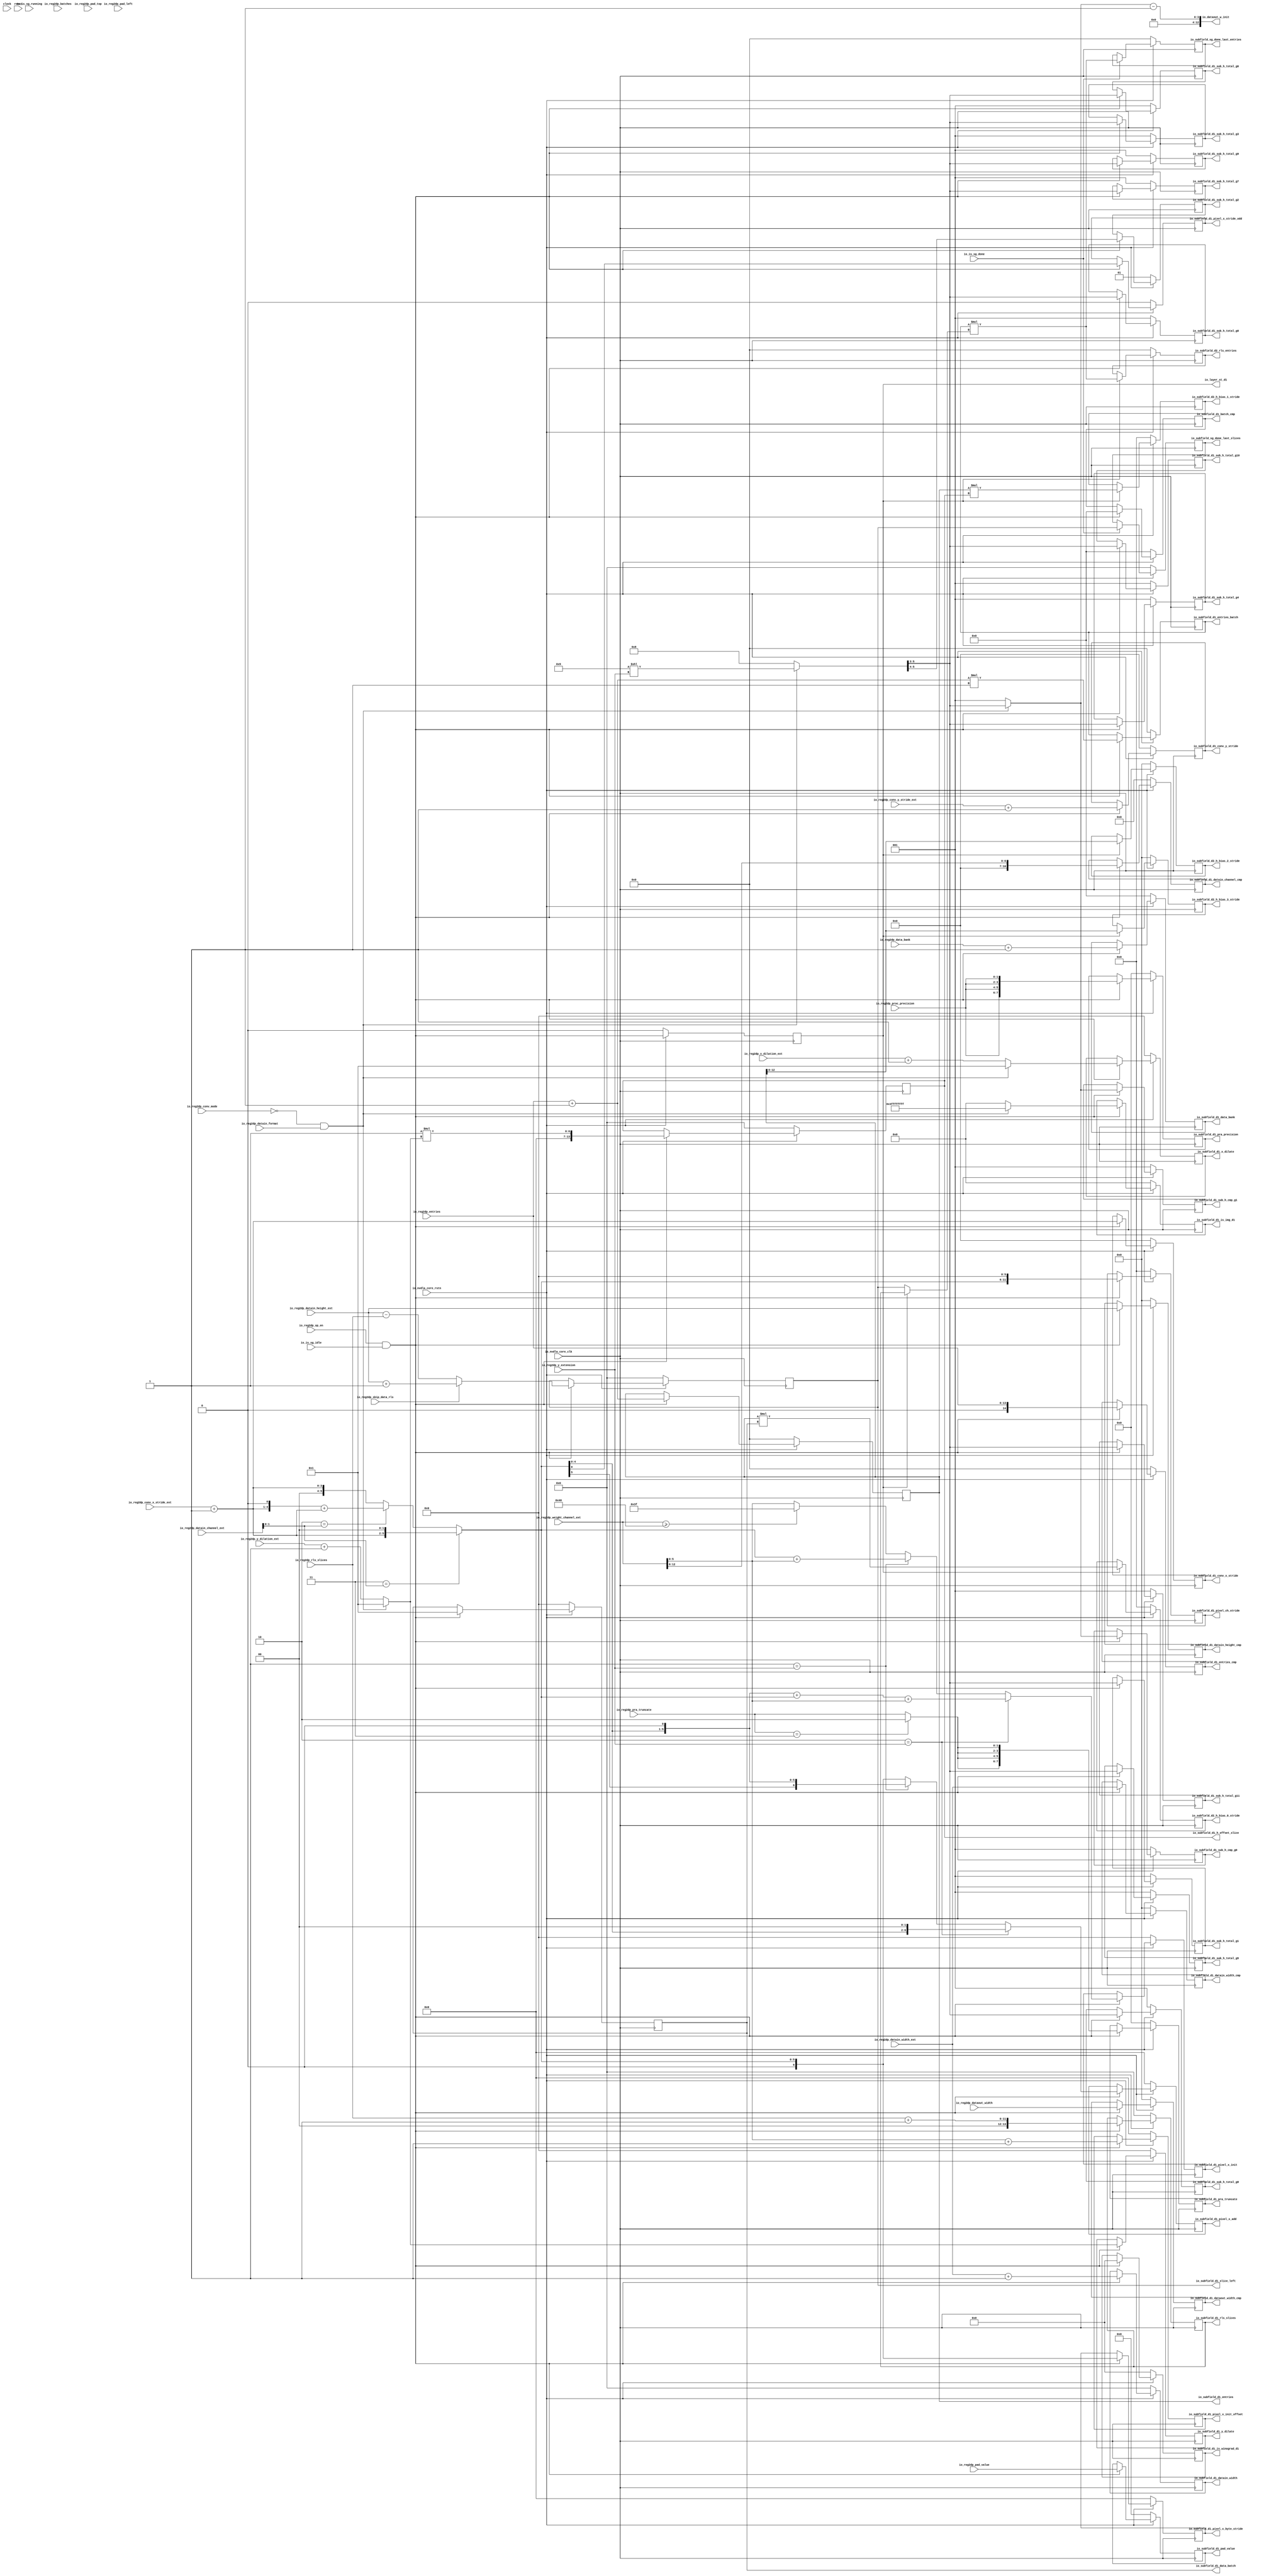
module NV_soDLA_CSC_DL_IP_cfg_gate( // @[:@3.2]
  input         clock, // @[:@4.4]
  input         reset, // @[:@5.4]
  input         io_nvdla_core_clk, // @[:@6.4]
  input         io_nvdla_core_rstn, // @[:@6.4]
  input         io_is_sg_idle, // @[:@6.4]
  input         io_is_sg_running, // @[:@6.4]
  input         io_is_sg_done, // @[:@6.4]
  input         io_reg2dp_op_en, // @[:@6.4]
  input         io_reg2dp_conv_mode, // @[:@6.4]
  input  [4:0]  io_reg2dp_batches, // @[:@6.4]
  input  [1:0]  io_reg2dp_proc_precision, // @[:@6.4]
  input         io_reg2dp_datain_format, // @[:@6.4]
  input         io_reg2dp_skip_data_rls, // @[:@6.4]
  input  [12:0] io_reg2dp_datain_channel_ext, // @[:@6.4]
  input  [12:0] io_reg2dp_datain_height_ext, // @[:@6.4]
  input  [12:0] io_reg2dp_datain_width_ext, // @[:@6.4]
  input  [1:0]  io_reg2dp_y_extension, // @[:@6.4]
  input  [12:0] io_reg2dp_weight_channel_ext, // @[:@6.4]
  input  [13:0] io_reg2dp_entries, // @[:@6.4]
  input  [12:0] io_reg2dp_dataout_width, // @[:@6.4]
  input  [11:0] io_reg2dp_rls_slices, // @[:@6.4]
  input  [2:0]  io_reg2dp_conv_x_stride_ext, // @[:@6.4]
  input  [2:0]  io_reg2dp_conv_y_stride_ext, // @[:@6.4]
  input  [4:0]  io_reg2dp_x_dilation_ext, // @[:@6.4]
  input  [4:0]  io_reg2dp_y_dilation_ext, // @[:@6.4]
  input  [4:0]  io_reg2dp_pad_left, // @[:@6.4]
  input  [4:0]  io_reg2dp_pad_top, // @[:@6.4]
  input  [15:0] io_reg2dp_pad_value, // @[:@6.4]
  input  [4:0]  io_reg2dp_data_bank, // @[:@6.4]
  input  [1:0]  io_reg2dp_pra_truncate, // @[:@6.4]
  output        io_layer_st_d1, // @[:@6.4]
  output [12:0] io_dataout_w_init, // @[:@6.4]
  output [21:0] io_subfield_d1_is_winograd_d1, // @[:@6.4]
  output [33:0] io_subfield_d1_is_img_d1, // @[:@6.4]
  output [4:0]  io_subfield_d1_data_bank, // @[:@6.4]
  output [13:0] io_subfield_d1_datain_width, // @[:@6.4]
  output [12:0] io_subfield_d1_datain_width_cmp, // @[:@6.4]
  output [12:0] io_subfield_d1_datain_height_cmp, // @[:@6.4]
  output [10:0] io_subfield_d1_datain_channel_cmp, // @[:@6.4]
  output [2:0]  io_subfield_d1_sub_h_total_g0, // @[:@6.4]
  output [2:0]  io_subfield_d1_sub_h_total_g1, // @[:@6.4]
  output [1:0]  io_subfield_d1_sub_h_total_g2, // @[:@6.4]
  output [2:0]  io_subfield_d1_sub_h_total_g3, // @[:@6.4]
  output [2:0]  io_subfield_d1_sub_h_total_g4, // @[:@6.4]
  output [2:0]  io_subfield_d1_sub_h_total_g5, // @[:@6.4]
  output [2:0]  io_subfield_d1_sub_h_total_g6, // @[:@6.4]
  output [2:0]  io_subfield_d1_sub_h_total_g7, // @[:@6.4]
  output [2:0]  io_subfield_d1_sub_h_total_g8, // @[:@6.4]
  output [2:0]  io_subfield_d1_sub_h_total_g9, // @[:@6.4]
  output [2:0]  io_subfield_d1_sub_h_total_g10, // @[:@6.4]
  output [2:0]  io_subfield_d1_sub_h_total_g11, // @[:@6.4]
  output [2:0]  io_subfield_d1_sub_h_cmp_g0, // @[:@6.4]
  output [2:0]  io_subfield_d1_sub_h_cmp_g1, // @[:@6.4]
  output [3:0]  io_subfield_d1_conv_x_stride, // @[:@6.4]
  output [3:0]  io_subfield_d1_conv_y_stride, // @[:@6.4]
  output        io_subfield_d1_pixel_x_stride_odd, // @[:@6.4]
  output [5:0]  io_subfield_d1_data_batch, // @[:@6.4]
  output [4:0]  io_subfield_d1_batch_cmp, // @[:@6.4]
  output [5:0]  io_subfield_d1_pixel_x_init, // @[:@6.4]
  output [6:0]  io_subfield_d1_pixel_x_init_offset, // @[:@6.4]
  output [6:0]  io_subfield_d1_pixel_x_add, // @[:@6.4]
  output [6:0]  io_subfield_d1_pixel_x_byte_stride, // @[:@6.4]
  output [11:0] io_subfield_d1_pixel_ch_stride, // @[:@6.4]
  output [5:0]  io_subfield_d1_x_dilate, // @[:@6.4]
  output [5:0]  io_subfield_d1_y_dilate, // @[:@6.4]
  output [15:0] io_subfield_d1_pad_value, // @[:@6.4]
  output [14:0] io_subfield_d1_entries, // @[:@6.4]
  output [14:0] io_subfield_d1_entries_batch, // @[:@6.4]
  output [14:0] io_subfield_d1_entries_cmp, // @[:@6.4]
  output [13:0] io_subfield_d1_h_offset_slice, // @[:@6.4]
  output [13:0] io_subfield_d1_rls_slices, // @[:@6.4]
  output [13:0] io_subfield_d1_slice_left, // @[:@6.4]
  output [12:0] io_subfield_d1_dataout_width_cmp, // @[:@6.4]
  output [7:0]  io_subfield_d1_pra_truncate, // @[:@6.4]
  output [7:0]  io_subfield_d1_pra_precision, // @[:@6.4]
  output [11:0] io_subfield_d2_h_bias_0_stride, // @[:@6.4]
  output [11:0] io_subfield_d2_h_bias_1_stride, // @[:@6.4]
  output [12:0] io_subfield_d2_h_bias_2_stride, // @[:@6.4]
  output [12:0] io_subfield_d2_h_bias_3_stride, // @[:@6.4]
  output [14:0] io_subfield_d2_rls_entries, // @[:@6.4]
  output [13:0] io_subfield_sg_done_last_slices, // @[:@6.4]
  output [14:0] io_subfield_sg_done_last_entries // @[:@6.4]
);
  wire  _T_214; // @[NV_soDLA_CSC_DL_IP_cfg gate.scala 53:38:@8.4]
  wire  layer_st; // @[NV_soDLA_CSC_DL_IP_cfg gate.scala 58:32:@9.4]
  wire  is_conv; // @[NV_soDLA_CSC_DL_IP_cfg gate.scala 60:35:@11.4]
  wire  is_img; // @[NV_soDLA_CSC_DL_IP_cfg gate.scala 61:22:@12.4]
  wire [5:0] data_bank_w; // @[NV_soDLA_CSC_DL_IP_cfg gate.scala 63:39:@13.4]
  wire [13:0] datain_width_w; // @[NV_soDLA_CSC_DL_IP_cfg gate.scala 71:108:@16.4]
  wire [6:0] _T_224; // @[NV_soDLA_CSC_DL_IP_cfg gate.scala 74:110:@19.4]
  wire [10:0] datain_channel_cmp_w; // @[NV_soDLA_CSC_DL_IP_cfg gate.scala 74:31:@20.4]
  wire [8:0] _T_226; // @[NV_soDLA_CSC_DL_IP_cfg gate.scala 78:53:@21.4]
  wire [8:0] _T_228; // @[NV_soDLA_CSC_DL_IP_cfg gate.scala 78:24:@22.4]
  wire [2:0] sub_h_total_w; // @[NV_soDLA_CSC_DL_IP_cfg gate.scala 78:100:@23.4]
  wire [2:0] sub_h_cmp_w; // @[NV_soDLA_CSC_DL_IP_cfg gate.scala 79:22:@25.4]
  wire [3:0] _T_233; // @[NV_soDLA_CSC_DL_IP_cfg gate.scala 80:34:@26.4]
  wire [3:0] _T_234; // @[NV_soDLA_CSC_DL_IP_cfg gate.scala 80:34:@27.4]
  wire [3:0] conv_x_stride_w; // @[NV_soDLA_CSC_DL_IP_cfg gate.scala 82:78:@29.4]
  wire [1:0] _T_238; // @[NV_soDLA_CSC_DL_IP_cfg gate.scala 83:62:@31.4]
  wire [5:0] _T_241; // @[Cat.scala 30:58:@32.4]
  wire [4:0] _T_244; // @[Cat.scala 30:58:@33.4]
  wire [4:0] _GEN_50; // @[NV_soDLA_CSC_DL_IP_cfg gate.scala 85:77:@34.4]
  wire [5:0] _T_245; // @[NV_soDLA_CSC_DL_IP_cfg gate.scala 85:77:@34.4]
  wire  _T_246; // @[Mux.scala 46:19:@35.4]
  wire [5:0] _T_247; // @[Mux.scala 46:16:@36.4]
  wire  _T_248; // @[Mux.scala 46:19:@37.4]
  wire [5:0] pixel_x_stride_w; // @[Mux.scala 46:16:@38.4]
  wire  _T_250; // @[NV_soDLA_CSC_DL_IP_cfg gate.scala 87:88:@39.4]
  wire [5:0] _T_256; // @[NV_soDLA_CSC_DL_IP_cfg gate.scala 87:172:@41.4]
  wire [5:0] _T_257; // @[NV_soDLA_CSC_DL_IP_cfg gate.scala 87:58:@42.4]
  wire [6:0] _T_260; // @[Cat.scala 30:58:@43.4]
  wire [6:0] _GEN_51; // @[NV_soDLA_CSC_DL_IP_cfg gate.scala 88:80:@44.4]
  wire [7:0] _T_261; // @[NV_soDLA_CSC_DL_IP_cfg gate.scala 88:80:@44.4]
  wire [7:0] _GEN_52; // @[NV_soDLA_CSC_DL_IP_cfg gate.scala 88:100:@46.4]
  wire [8:0] _T_263; // @[NV_soDLA_CSC_DL_IP_cfg gate.scala 88:100:@46.4]
  wire [6:0] _T_266; // @[NV_soDLA_CSC_DL_IP_cfg gate.scala 89:57:@48.4]
  wire  _T_267; // @[Mux.scala 46:19:@49.4]
  wire [6:0] _T_268; // @[Mux.scala 46:16:@50.4]
  wire  _T_269; // @[Mux.scala 46:19:@51.4]
  wire [8:0] pixel_x_init_w; // @[Mux.scala 46:16:@52.4]
  wire [6:0] pixel_x_init_offset_w; // @[NV_soDLA_CSC_DL_IP_cfg gate.scala 91:80:@54.4]
  wire [7:0] _T_274; // @[Cat.scala 30:58:@55.4]
  wire [6:0] _T_279; // @[Mux.scala 46:16:@58.4]
  wire [7:0] pixel_x_add_w; // @[Mux.scala 46:16:@60.4]
  wire [11:0] pixel_ch_stride_w; // @[Cat.scala 30:58:@61.4]
  wire [3:0] conv_y_stride_w; // @[NV_soDLA_CSC_DL_IP_cfg gate.scala 102:74:@62.4]
  wire [5:0] _T_288; // @[NV_soDLA_CSC_DL_IP_cfg gate.scala 103:74:@65.4]
  wire [5:0] x_dilate_w; // @[NV_soDLA_CSC_DL_IP_cfg gate.scala 103:21:@66.4]
  wire [5:0] _T_292; // @[NV_soDLA_CSC_DL_IP_cfg gate.scala 104:74:@68.4]
  wire [5:0] y_dilate_w; // @[NV_soDLA_CSC_DL_IP_cfg gate.scala 104:21:@69.4]
  wire [14:0] entries_single_w; // @[NV_soDLA_CSC_DL_IP_cfg gate.scala 107:43:@70.4]
  wire [20:0] _T_295; // @[NV_soDLA_CSC_DL_IP_cfg gate.scala 108:41:@72.4]
  wire [14:0] entries_batch_w; // @[NV_soDLA_CSC_DL_IP_cfg gate.scala 108:56:@73.4]
  wire [15:0] entries_w; // @[NV_soDLA_CSC_DL_IP_cfg gate.scala 109:20:@77.4]
  wire [11:0] h_offset_slice_w; // @[NV_soDLA_CSC_DL_IP_cfg gate.scala 110:37:@78.4]
  wire [12:0] _T_302; // @[NV_soDLA_CSC_DL_IP_cfg gate.scala 111:41:@79.4]
  wire [11:0] rls_slices_w; // @[NV_soDLA_CSC_DL_IP_cfg gate.scala 111:41:@80.4]
  wire [13:0] _T_304; // @[NV_soDLA_CSC_DL_IP_cfg gate.scala 112:77:@81.4]
  wire [12:0] _GEN_53; // @[NV_soDLA_CSC_DL_IP_cfg gate.scala 112:113:@82.4]
  wire [13:0] _T_305; // @[NV_soDLA_CSC_DL_IP_cfg gate.scala 112:113:@82.4]
  wire [13:0] _T_306; // @[NV_soDLA_CSC_DL_IP_cfg gate.scala 112:113:@83.4]
  wire [13:0] slice_left_w; // @[NV_soDLA_CSC_DL_IP_cfg gate.scala 112:23:@84.4]
  wire  _T_308; // @[NV_soDLA_CSC_DL_IP_cfg gate.scala 114:49:@85.4]
  wire [1:0] pra_truncate_w; // @[NV_soDLA_CSC_DL_IP_cfg gate.scala 114:25:@86.4]
  reg  _T_312; // @[NV_soDLA_CSC_DL_IP_cfg gate.scala 117:26:@87.4]
  reg [31:0] _RAND_0;
  reg [21:0] _T_319; // @[Reg.scala 19:20:@91.4]
  reg [31:0] _RAND_1;
  wire [21:0] _GEN_0; // @[Reg.scala 20:19:@92.4]
  wire [33:0] _T_323; // @[Bitwise.scala 72:12:@97.4]
  reg [33:0] _T_326; // @[Reg.scala 19:20:@98.4]
  reg [63:0] _RAND_2;
  wire [33:0] _GEN_1; // @[Reg.scala 20:19:@99.4]
  reg [4:0] _T_329; // @[Reg.scala 19:20:@103.4]
  reg [31:0] _RAND_3;
  wire [5:0] _GEN_2; // @[Reg.scala 20:19:@104.4]
  reg [13:0] _T_332; // @[Reg.scala 19:20:@108.4]
  reg [31:0] _RAND_4;
  wire [13:0] _GEN_3; // @[Reg.scala 20:19:@109.4]
  reg [12:0] _T_335; // @[Reg.scala 19:20:@113.4]
  reg [31:0] _RAND_5;
  wire [12:0] _GEN_4; // @[Reg.scala 20:19:@114.4]
  reg [12:0] _T_338; // @[Reg.scala 19:20:@118.4]
  reg [31:0] _RAND_6;
  wire [12:0] _GEN_5; // @[Reg.scala 20:19:@119.4]
  reg [10:0] _T_341; // @[Reg.scala 19:20:@123.4]
  reg [31:0] _RAND_7;
  wire [10:0] _GEN_6; // @[Reg.scala 20:19:@124.4]
  reg [2:0] _T_344; // @[Reg.scala 19:20:@128.4]
  reg [31:0] _RAND_8;
  wire [2:0] _GEN_7; // @[Reg.scala 20:19:@129.4]
  reg [2:0] _T_347; // @[Reg.scala 19:20:@133.4]
  reg [31:0] _RAND_9;
  wire [2:0] _GEN_8; // @[Reg.scala 20:19:@134.4]
  wire [1:0] _T_348; // @[NV_soDLA_CSC_DL_IP_cfg gate.scala 127:57:@138.4]
  reg [1:0] _T_351; // @[Reg.scala 19:20:@139.4]
  reg [31:0] _RAND_10;
  wire [1:0] _GEN_9; // @[Reg.scala 20:19:@140.4]
  reg [2:0] _T_354; // @[Reg.scala 19:20:@144.4]
  reg [31:0] _RAND_11;
  wire [2:0] _GEN_10; // @[Reg.scala 20:19:@145.4]
  reg [2:0] _T_357; // @[Reg.scala 19:20:@149.4]
  reg [31:0] _RAND_12;
  wire [2:0] _GEN_11; // @[Reg.scala 20:19:@150.4]
  reg [2:0] _T_360; // @[Reg.scala 19:20:@154.4]
  reg [31:0] _RAND_13;
  wire [2:0] _GEN_12; // @[Reg.scala 20:19:@155.4]
  reg [2:0] _T_363; // @[Reg.scala 19:20:@159.4]
  reg [31:0] _RAND_14;
  wire [2:0] _GEN_13; // @[Reg.scala 20:19:@160.4]
  reg [2:0] _T_366; // @[Reg.scala 19:20:@164.4]
  reg [31:0] _RAND_15;
  wire [2:0] _GEN_14; // @[Reg.scala 20:19:@165.4]
  reg [2:0] _T_369; // @[Reg.scala 19:20:@169.4]
  reg [31:0] _RAND_16;
  wire [2:0] _GEN_15; // @[Reg.scala 20:19:@170.4]
  reg [2:0] _T_372; // @[Reg.scala 19:20:@174.4]
  reg [31:0] _RAND_17;
  wire [2:0] _GEN_16; // @[Reg.scala 20:19:@175.4]
  reg [2:0] _T_375; // @[Reg.scala 19:20:@179.4]
  reg [31:0] _RAND_18;
  wire [2:0] _GEN_17; // @[Reg.scala 20:19:@180.4]
  reg [2:0] _T_378; // @[Reg.scala 19:20:@184.4]
  reg [31:0] _RAND_19;
  wire [2:0] _GEN_18; // @[Reg.scala 20:19:@185.4]
  reg [2:0] _T_381; // @[Reg.scala 19:20:@189.4]
  reg [31:0] _RAND_20;
  wire [2:0] _GEN_19; // @[Reg.scala 20:19:@190.4]
  reg [2:0] _T_384; // @[Reg.scala 19:20:@194.4]
  reg [31:0] _RAND_21;
  wire [2:0] _GEN_20; // @[Reg.scala 20:19:@195.4]
  reg [3:0] _T_387; // @[Reg.scala 19:20:@199.4]
  reg [31:0] _RAND_22;
  wire [3:0] _GEN_21; // @[Reg.scala 20:19:@200.4]
  reg [3:0] _T_390; // @[Reg.scala 19:20:@204.4]
  reg [31:0] _RAND_23;
  wire [3:0] _GEN_22; // @[Reg.scala 20:19:@205.4]
  wire  _T_391; // @[NV_soDLA_CSC_DL_IP_cfg gate.scala 141:64:@209.4]
  reg  _T_394; // @[Reg.scala 19:20:@210.4]
  reg [31:0] _RAND_24;
  wire  _GEN_23; // @[Reg.scala 20:19:@211.4]
  reg [5:0] _T_397; // @[Reg.scala 19:20:@215.4]
  reg [31:0] _RAND_25;
  wire [5:0] _GEN_24; // @[Reg.scala 20:19:@216.4]
  reg [4:0] _T_400; // @[Reg.scala 19:20:@220.4]
  reg [31:0] _RAND_26;
  wire [4:0] _GEN_25; // @[Reg.scala 20:19:@221.4]
  reg [5:0] _T_403; // @[Reg.scala 19:20:@225.4]
  reg [31:0] _RAND_27;
  wire [8:0] _GEN_26; // @[Reg.scala 20:19:@226.4]
  reg [6:0] _T_406; // @[Reg.scala 19:20:@230.4]
  reg [31:0] _RAND_28;
  wire [6:0] _GEN_27; // @[Reg.scala 20:19:@231.4]
  wire [6:0] _T_407; // @[NV_soDLA_CSC_DL_IP_cfg gate.scala 146:54:@235.4]
  reg [6:0] _T_410; // @[Reg.scala 19:20:@236.4]
  reg [31:0] _RAND_29;
  wire [6:0] _GEN_28; // @[Reg.scala 20:19:@237.4]
  reg [6:0] _T_413; // @[Reg.scala 19:20:@241.4]
  reg [31:0] _RAND_30;
  wire [6:0] _GEN_29; // @[Reg.scala 20:19:@242.4]
  reg [11:0] _T_416; // @[Reg.scala 19:20:@246.4]
  reg [31:0] _RAND_31;
  wire [11:0] _GEN_30; // @[Reg.scala 20:19:@247.4]
  reg [5:0] _T_419; // @[Reg.scala 19:20:@251.4]
  reg [31:0] _RAND_32;
  wire [5:0] _GEN_31; // @[Reg.scala 20:19:@252.4]
  reg [5:0] _T_422; // @[Reg.scala 19:20:@256.4]
  reg [31:0] _RAND_33;
  wire [5:0] _GEN_32; // @[Reg.scala 20:19:@257.4]
  reg [15:0] _T_425; // @[Reg.scala 19:20:@261.4]
  reg [31:0] _RAND_34;
  wire [15:0] _GEN_33; // @[Reg.scala 20:19:@262.4]
  reg [14:0] _T_428; // @[Reg.scala 19:20:@266.4]
  reg [31:0] _RAND_35;
  wire [15:0] _GEN_34; // @[Reg.scala 20:19:@267.4]
  reg [14:0] _T_431; // @[Reg.scala 19:20:@271.4]
  reg [31:0] _RAND_36;
  wire [14:0] _GEN_35; // @[Reg.scala 20:19:@272.4]
  reg [14:0] _T_434; // @[Reg.scala 19:20:@276.4]
  reg [31:0] _RAND_37;
  wire [14:0] _GEN_36; // @[Reg.scala 20:19:@277.4]
  reg [13:0] _T_437; // @[Reg.scala 19:20:@281.4]
  reg [31:0] _RAND_38;
  wire [13:0] _GEN_37; // @[Reg.scala 20:19:@282.4]
  reg [13:0] _T_440; // @[Reg.scala 19:20:@286.4]
  reg [31:0] _RAND_39;
  wire [13:0] _GEN_38; // @[Reg.scala 20:19:@287.4]
  reg [13:0] _T_444; // @[Reg.scala 19:20:@292.4]
  reg [31:0] _RAND_40;
  wire [13:0] _GEN_39; // @[Reg.scala 20:19:@293.4]
  reg [12:0] _T_447; // @[Reg.scala 19:20:@297.4]
  reg [31:0] _RAND_41;
  wire [12:0] _GEN_40; // @[Reg.scala 20:19:@298.4]
  wire [7:0] _T_449; // @[Cat.scala 30:58:@303.4]
  reg [7:0] _T_452; // @[Reg.scala 19:20:@304.4]
  reg [31:0] _RAND_42;
  wire [7:0] _GEN_41; // @[Reg.scala 20:19:@305.4]
  wire [7:0] _T_454; // @[Cat.scala 30:58:@310.4]
  reg [7:0] _T_457; // @[Reg.scala 19:20:@311.4]
  reg [31:0] _RAND_43;
  wire [7:0] _GEN_42; // @[Reg.scala 20:19:@312.4]
  wire [14:0] _GEN_54; // @[NV_soDLA_CSC_DL_IP_cfg gate.scala 163:49:@316.4]
  wire [20:0] _T_458; // @[NV_soDLA_CSC_DL_IP_cfg gate.scala 163:49:@316.4]
  wire [12:0] h_bias_0_stride_w; // @[NV_soDLA_CSC_DL_IP_cfg gate.scala 163:77:@317.4]
  wire [14:0] _GEN_55; // @[NV_soDLA_CSC_DL_IP_cfg gate.scala 164:49:@318.4]
  wire [28:0] _T_459; // @[NV_soDLA_CSC_DL_IP_cfg gate.scala 164:49:@318.4]
  wire [12:0] h_bias_1_stride_w; // @[NV_soDLA_CSC_DL_IP_cfg gate.scala 164:81:@319.4]
  wire [13:0] slices_oprand; // @[NV_soDLA_CSC_DL_IP_cfg gate.scala 165:24:@320.4]
  wire [14:0] _GEN_56; // @[NV_soDLA_CSC_DL_IP_cfg gate.scala 166:53:@321.4]
  wire [28:0] _T_460; // @[NV_soDLA_CSC_DL_IP_cfg gate.scala 166:53:@321.4]
  wire [14:0] slice_entries_w; // @[NV_soDLA_CSC_DL_IP_cfg gate.scala 166:69:@322.4]
  reg [11:0] _T_463; // @[Reg.scala 19:20:@323.4]
  reg [31:0] _RAND_44;
  wire [12:0] _GEN_43; // @[Reg.scala 20:19:@324.4]
  reg [11:0] _T_466; // @[Reg.scala 19:20:@328.4]
  reg [31:0] _RAND_45;
  wire [12:0] _GEN_44; // @[Reg.scala 20:19:@329.4]
  wire [12:0] _T_467; // @[NV_soDLA_CSC_DL_IP_cfg gate.scala 170:66:@333.4]
  reg [12:0] _T_470; // @[Reg.scala 19:20:@334.4]
  reg [31:0] _RAND_46;
  wire [12:0] _GEN_45; // @[Reg.scala 20:19:@335.4]
  reg [12:0] _T_474; // @[Reg.scala 19:20:@340.4]
  reg [31:0] _RAND_47;
  wire [12:0] _GEN_46; // @[Reg.scala 20:19:@341.4]
  reg [14:0] _T_477; // @[Reg.scala 19:20:@345.4]
  reg [31:0] _RAND_48;
  wire [14:0] _GEN_47; // @[Reg.scala 20:19:@346.4]
  reg [13:0] _T_480; // @[Reg.scala 19:20:@350.4]
  reg [31:0] _RAND_49;
  wire [13:0] _GEN_48; // @[Reg.scala 20:19:@351.4]
  reg [14:0] _T_483; // @[Reg.scala 19:20:@355.4]
  reg [31:0] _RAND_50;
  wire [14:0] _GEN_49; // @[Reg.scala 20:19:@356.4]
  assign _T_214 = io_nvdla_core_rstn == 1'h0; // @[NV_soDLA_CSC_DL_IP_cfg gate.scala 53:38:@8.4]
  assign layer_st = io_reg2dp_op_en & io_is_sg_idle; // @[NV_soDLA_CSC_DL_IP_cfg gate.scala 58:32:@9.4]
  assign is_conv = io_reg2dp_conv_mode == 1'h0; // @[NV_soDLA_CSC_DL_IP_cfg gate.scala 60:35:@11.4]
  assign is_img = is_conv & io_reg2dp_datain_format; // @[NV_soDLA_CSC_DL_IP_cfg gate.scala 61:22:@12.4]
  assign data_bank_w = io_reg2dp_data_bank + 5'h1; // @[NV_soDLA_CSC_DL_IP_cfg gate.scala 63:39:@13.4]
  assign datain_width_w = io_reg2dp_datain_width_ext + 13'h1; // @[NV_soDLA_CSC_DL_IP_cfg gate.scala 71:108:@16.4]
  assign _T_224 = io_reg2dp_weight_channel_ext[12:6]; // @[NV_soDLA_CSC_DL_IP_cfg gate.scala 74:110:@19.4]
  assign datain_channel_cmp_w = {{4'd0}, _T_224}; // @[NV_soDLA_CSC_DL_IP_cfg gate.scala 74:31:@20.4]
  assign _T_226 = 9'h9 << io_reg2dp_y_extension; // @[NV_soDLA_CSC_DL_IP_cfg gate.scala 78:53:@21.4]
  assign _T_228 = is_img ? _T_226 : 9'h8; // @[NV_soDLA_CSC_DL_IP_cfg gate.scala 78:24:@22.4]
  assign sub_h_total_w = _T_228[5:3]; // @[NV_soDLA_CSC_DL_IP_cfg gate.scala 78:100:@23.4]
  assign sub_h_cmp_w = is_img ? sub_h_total_w : 3'h1; // @[NV_soDLA_CSC_DL_IP_cfg gate.scala 79:22:@25.4]
  assign _T_233 = sub_h_cmp_w - 3'h1; // @[NV_soDLA_CSC_DL_IP_cfg gate.scala 80:34:@26.4]
  assign _T_234 = $unsigned(_T_233); // @[NV_soDLA_CSC_DL_IP_cfg gate.scala 80:34:@27.4]
  assign conv_x_stride_w = io_reg2dp_conv_x_stride_ext + 3'h1; // @[NV_soDLA_CSC_DL_IP_cfg gate.scala 82:78:@29.4]
  assign _T_238 = io_reg2dp_datain_channel_ext[1:0]; // @[NV_soDLA_CSC_DL_IP_cfg gate.scala 83:62:@31.4]
  assign _T_241 = {conv_x_stride_w,2'h0}; // @[Cat.scala 30:58:@32.4]
  assign _T_244 = {conv_x_stride_w,1'h0}; // @[Cat.scala 30:58:@33.4]
  assign _GEN_50 = {{1'd0}, conv_x_stride_w}; // @[NV_soDLA_CSC_DL_IP_cfg gate.scala 85:77:@34.4]
  assign _T_245 = _T_244 + _GEN_50; // @[NV_soDLA_CSC_DL_IP_cfg gate.scala 85:77:@34.4]
  assign _T_246 = 2'h2 == _T_238; // @[Mux.scala 46:19:@35.4]
  assign _T_247 = _T_246 ? _T_245 : {{2'd0}, conv_x_stride_w}; // @[Mux.scala 46:16:@36.4]
  assign _T_248 = 2'h3 == _T_238; // @[Mux.scala 46:19:@37.4]
  assign pixel_x_stride_w = _T_248 ? _T_241 : _T_247; // @[Mux.scala 46:16:@38.4]
  assign _T_250 = io_reg2dp_weight_channel_ext >= 13'h40; // @[NV_soDLA_CSC_DL_IP_cfg gate.scala 87:88:@39.4]
  assign _T_256 = io_reg2dp_weight_channel_ext[5:0]; // @[NV_soDLA_CSC_DL_IP_cfg gate.scala 87:172:@41.4]
  assign _T_257 = _T_250 ? 6'h3f : _T_256; // @[NV_soDLA_CSC_DL_IP_cfg gate.scala 87:58:@42.4]
  assign _T_260 = {pixel_x_stride_w,1'h0}; // @[Cat.scala 30:58:@43.4]
  assign _GEN_51 = {{1'd0}, pixel_x_stride_w}; // @[NV_soDLA_CSC_DL_IP_cfg gate.scala 88:80:@44.4]
  assign _T_261 = _T_260 + _GEN_51; // @[NV_soDLA_CSC_DL_IP_cfg gate.scala 88:80:@44.4]
  assign _GEN_52 = {{2'd0}, _T_256}; // @[NV_soDLA_CSC_DL_IP_cfg gate.scala 88:100:@46.4]
  assign _T_263 = _T_261 + _GEN_52; // @[NV_soDLA_CSC_DL_IP_cfg gate.scala 88:100:@46.4]
  assign _T_266 = pixel_x_stride_w + _T_256; // @[NV_soDLA_CSC_DL_IP_cfg gate.scala 89:57:@48.4]
  assign _T_267 = 2'h1 == io_reg2dp_y_extension; // @[Mux.scala 46:19:@49.4]
  assign _T_268 = _T_267 ? _T_266 : {{1'd0}, _T_257}; // @[Mux.scala 46:16:@50.4]
  assign _T_269 = 2'h2 == io_reg2dp_y_extension; // @[Mux.scala 46:19:@51.4]
  assign pixel_x_init_w = _T_269 ? _T_263 : {{2'd0}, _T_268}; // @[Mux.scala 46:16:@52.4]
  assign pixel_x_init_offset_w = _T_256 + 6'h1; // @[NV_soDLA_CSC_DL_IP_cfg gate.scala 91:80:@54.4]
  assign _T_274 = {pixel_x_stride_w,2'h0}; // @[Cat.scala 30:58:@55.4]
  assign _T_279 = _T_267 ? _T_260 : {{1'd0}, pixel_x_stride_w}; // @[Mux.scala 46:16:@58.4]
  assign pixel_x_add_w = _T_269 ? _T_274 : {{1'd0}, _T_279}; // @[Mux.scala 46:16:@60.4]
  assign pixel_ch_stride_w = {pixel_x_stride_w,6'h0}; // @[Cat.scala 30:58:@61.4]
  assign conv_y_stride_w = io_reg2dp_conv_y_stride_ext + 3'h1; // @[NV_soDLA_CSC_DL_IP_cfg gate.scala 102:74:@62.4]
  assign _T_288 = io_reg2dp_x_dilation_ext + 5'h1; // @[NV_soDLA_CSC_DL_IP_cfg gate.scala 103:74:@65.4]
  assign x_dilate_w = is_img ? 6'h1 : _T_288; // @[NV_soDLA_CSC_DL_IP_cfg gate.scala 103:21:@66.4]
  assign _T_292 = io_reg2dp_y_dilation_ext + 5'h1; // @[NV_soDLA_CSC_DL_IP_cfg gate.scala 104:74:@68.4]
  assign y_dilate_w = is_img ? 6'h1 : _T_292; // @[NV_soDLA_CSC_DL_IP_cfg gate.scala 104:21:@69.4]
  assign entries_single_w = io_reg2dp_entries + 14'h1; // @[NV_soDLA_CSC_DL_IP_cfg gate.scala 107:43:@70.4]
  assign _T_295 = entries_single_w * 15'h1; // @[NV_soDLA_CSC_DL_IP_cfg gate.scala 108:41:@72.4]
  assign entries_batch_w = _T_295[14:0]; // @[NV_soDLA_CSC_DL_IP_cfg gate.scala 108:56:@73.4]
  assign entries_w = {{1'd0}, entries_single_w}; // @[NV_soDLA_CSC_DL_IP_cfg gate.scala 109:20:@77.4]
  assign h_offset_slice_w = 6'h1 * y_dilate_w; // @[NV_soDLA_CSC_DL_IP_cfg gate.scala 110:37:@78.4]
  assign _T_302 = io_reg2dp_rls_slices + 12'h1; // @[NV_soDLA_CSC_DL_IP_cfg gate.scala 111:41:@79.4]
  assign rls_slices_w = io_reg2dp_rls_slices + 12'h1; // @[NV_soDLA_CSC_DL_IP_cfg gate.scala 111:41:@80.4]
  assign _T_304 = io_reg2dp_datain_height_ext + 13'h1; // @[NV_soDLA_CSC_DL_IP_cfg gate.scala 112:77:@81.4]
  assign _GEN_53 = {{1'd0}, io_reg2dp_rls_slices}; // @[NV_soDLA_CSC_DL_IP_cfg gate.scala 112:113:@82.4]
  assign _T_305 = io_reg2dp_datain_height_ext - _GEN_53; // @[NV_soDLA_CSC_DL_IP_cfg gate.scala 112:113:@82.4]
  assign _T_306 = $unsigned(_T_305); // @[NV_soDLA_CSC_DL_IP_cfg gate.scala 112:113:@83.4]
  assign slice_left_w = io_reg2dp_skip_data_rls ? _T_304 : _T_306; // @[NV_soDLA_CSC_DL_IP_cfg gate.scala 112:23:@84.4]
  assign _T_308 = io_reg2dp_pra_truncate == 2'h3; // @[NV_soDLA_CSC_DL_IP_cfg gate.scala 114:49:@85.4]
  assign pra_truncate_w = _T_308 ? 2'h2 : io_reg2dp_pra_truncate; // @[NV_soDLA_CSC_DL_IP_cfg gate.scala 114:25:@86.4]
  assign _GEN_0 = layer_st ? 22'h0 : _T_319; // @[Reg.scala 20:19:@92.4]
  assign _T_323 = is_img ? 34'h3ffffffff : 34'h0; // @[Bitwise.scala 72:12:@97.4]
  assign _GEN_1 = layer_st ? _T_323 : _T_326; // @[Reg.scala 20:19:@99.4]
  assign _GEN_2 = layer_st ? data_bank_w : {{1'd0}, _T_329}; // @[Reg.scala 20:19:@104.4]
  assign _GEN_3 = layer_st ? datain_width_w : _T_332; // @[Reg.scala 20:19:@109.4]
  assign _GEN_4 = layer_st ? io_reg2dp_datain_width_ext : _T_335; // @[Reg.scala 20:19:@114.4]
  assign _GEN_5 = layer_st ? io_reg2dp_datain_height_ext : _T_338; // @[Reg.scala 20:19:@119.4]
  assign _GEN_6 = layer_st ? datain_channel_cmp_w : _T_341; // @[Reg.scala 20:19:@124.4]
  assign _GEN_7 = layer_st ? sub_h_total_w : _T_344; // @[Reg.scala 20:19:@129.4]
  assign _GEN_8 = layer_st ? sub_h_total_w : _T_347; // @[Reg.scala 20:19:@134.4]
  assign _T_348 = sub_h_total_w[2:1]; // @[NV_soDLA_CSC_DL_IP_cfg gate.scala 127:57:@138.4]
  assign _GEN_9 = layer_st ? _T_348 : _T_351; // @[Reg.scala 20:19:@140.4]
  assign _GEN_10 = layer_st ? sub_h_total_w : _T_354; // @[Reg.scala 20:19:@145.4]
  assign _GEN_11 = layer_st ? sub_h_total_w : _T_357; // @[Reg.scala 20:19:@150.4]
  assign _GEN_12 = layer_st ? sub_h_total_w : _T_360; // @[Reg.scala 20:19:@155.4]
  assign _GEN_13 = layer_st ? sub_h_total_w : _T_363; // @[Reg.scala 20:19:@160.4]
  assign _GEN_14 = layer_st ? sub_h_total_w : _T_366; // @[Reg.scala 20:19:@165.4]
  assign _GEN_15 = layer_st ? sub_h_total_w : _T_369; // @[Reg.scala 20:19:@170.4]
  assign _GEN_16 = layer_st ? sub_h_total_w : _T_372; // @[Reg.scala 20:19:@175.4]
  assign _GEN_17 = layer_st ? sub_h_total_w : _T_375; // @[Reg.scala 20:19:@180.4]
  assign _GEN_18 = layer_st ? sub_h_total_w : _T_378; // @[Reg.scala 20:19:@185.4]
  assign _GEN_19 = layer_st ? sub_h_cmp_w : _T_381; // @[Reg.scala 20:19:@190.4]
  assign _GEN_20 = layer_st ? sub_h_cmp_w : _T_384; // @[Reg.scala 20:19:@195.4]
  assign _GEN_21 = layer_st ? conv_x_stride_w : _T_387; // @[Reg.scala 20:19:@200.4]
  assign _GEN_22 = layer_st ? conv_y_stride_w : _T_390; // @[Reg.scala 20:19:@205.4]
  assign _T_391 = pixel_x_stride_w[0]; // @[NV_soDLA_CSC_DL_IP_cfg gate.scala 141:64:@209.4]
  assign _GEN_23 = layer_st ? _T_391 : _T_394; // @[Reg.scala 20:19:@211.4]
  assign _GEN_24 = layer_st ? 6'h1 : _T_397; // @[Reg.scala 20:19:@216.4]
  assign _GEN_25 = layer_st ? 5'h0 : _T_400; // @[Reg.scala 20:19:@221.4]
  assign _GEN_26 = layer_st ? pixel_x_init_w : {{3'd0}, _T_403}; // @[Reg.scala 20:19:@226.4]
  assign _GEN_27 = layer_st ? pixel_x_init_offset_w : _T_406; // @[Reg.scala 20:19:@231.4]
  assign _T_407 = pixel_x_add_w[6:0]; // @[NV_soDLA_CSC_DL_IP_cfg gate.scala 146:54:@235.4]
  assign _GEN_28 = layer_st ? _T_407 : _T_410; // @[Reg.scala 20:19:@237.4]
  assign _GEN_29 = layer_st ? {{1'd0}, pixel_x_stride_w} : _T_413; // @[Reg.scala 20:19:@242.4]
  assign _GEN_30 = layer_st ? pixel_ch_stride_w : _T_416; // @[Reg.scala 20:19:@247.4]
  assign _GEN_31 = layer_st ? x_dilate_w : _T_419; // @[Reg.scala 20:19:@252.4]
  assign _GEN_32 = layer_st ? y_dilate_w : _T_422; // @[Reg.scala 20:19:@257.4]
  assign _GEN_33 = layer_st ? io_reg2dp_pad_value : _T_425; // @[Reg.scala 20:19:@262.4]
  assign _GEN_34 = layer_st ? entries_w : {{1'd0}, _T_428}; // @[Reg.scala 20:19:@267.4]
  assign _GEN_35 = layer_st ? entries_batch_w : _T_431; // @[Reg.scala 20:19:@272.4]
  assign _GEN_36 = layer_st ? {{1'd0}, io_reg2dp_entries} : _T_434; // @[Reg.scala 20:19:@277.4]
  assign _GEN_37 = layer_st ? {{2'd0}, h_offset_slice_w} : _T_437; // @[Reg.scala 20:19:@282.4]
  assign _GEN_38 = layer_st ? {{2'd0}, rls_slices_w} : _T_440; // @[Reg.scala 20:19:@287.4]
  assign _GEN_39 = layer_st ? slice_left_w : _T_444; // @[Reg.scala 20:19:@293.4]
  assign _GEN_40 = layer_st ? io_reg2dp_dataout_width : _T_447; // @[Reg.scala 20:19:@298.4]
  assign _T_449 = {pra_truncate_w,pra_truncate_w,pra_truncate_w,pra_truncate_w}; // @[Cat.scala 30:58:@303.4]
  assign _GEN_41 = layer_st ? _T_449 : _T_452; // @[Reg.scala 20:19:@305.4]
  assign _T_454 = {io_reg2dp_proc_precision,io_reg2dp_proc_precision,io_reg2dp_proc_precision,io_reg2dp_proc_precision}; // @[Cat.scala 30:58:@310.4]
  assign _GEN_42 = layer_st ? _T_454 : _T_457; // @[Reg.scala 20:19:@312.4]
  assign _GEN_54 = {{9'd0}, io_subfield_d1_data_batch}; // @[NV_soDLA_CSC_DL_IP_cfg gate.scala 163:49:@316.4]
  assign _T_458 = io_subfield_d1_entries * _GEN_54; // @[NV_soDLA_CSC_DL_IP_cfg gate.scala 163:49:@316.4]
  assign h_bias_0_stride_w = _T_458[12:0]; // @[NV_soDLA_CSC_DL_IP_cfg gate.scala 163:77:@317.4]
  assign _GEN_55 = {{1'd0}, io_subfield_d1_h_offset_slice}; // @[NV_soDLA_CSC_DL_IP_cfg gate.scala 164:49:@318.4]
  assign _T_459 = io_subfield_d1_entries * _GEN_55; // @[NV_soDLA_CSC_DL_IP_cfg gate.scala 164:49:@318.4]
  assign h_bias_1_stride_w = _T_459[12:0]; // @[NV_soDLA_CSC_DL_IP_cfg gate.scala 164:81:@319.4]
  assign slices_oprand = io_layer_st_d1 ? io_subfield_d1_rls_slices : io_subfield_d1_slice_left; // @[NV_soDLA_CSC_DL_IP_cfg gate.scala 165:24:@320.4]
  assign _GEN_56 = {{1'd0}, slices_oprand}; // @[NV_soDLA_CSC_DL_IP_cfg gate.scala 166:53:@321.4]
  assign _T_460 = io_subfield_d1_entries_batch * _GEN_56; // @[NV_soDLA_CSC_DL_IP_cfg gate.scala 166:53:@321.4]
  assign slice_entries_w = _T_460[14:0]; // @[NV_soDLA_CSC_DL_IP_cfg gate.scala 166:69:@322.4]
  assign _GEN_43 = io_layer_st_d1 ? h_bias_0_stride_w : {{1'd0}, _T_463}; // @[Reg.scala 20:19:@324.4]
  assign _GEN_44 = io_layer_st_d1 ? h_bias_1_stride_w : {{1'd0}, _T_466}; // @[Reg.scala 20:19:@329.4]
  assign _T_467 = io_subfield_d1_entries[12:0]; // @[NV_soDLA_CSC_DL_IP_cfg gate.scala 170:66:@333.4]
  assign _GEN_45 = io_layer_st_d1 ? _T_467 : _T_470; // @[Reg.scala 20:19:@335.4]
  assign _GEN_46 = io_layer_st_d1 ? _T_467 : _T_474; // @[Reg.scala 20:19:@341.4]
  assign _GEN_47 = io_layer_st_d1 ? slice_entries_w : _T_477; // @[Reg.scala 20:19:@346.4]
  assign _GEN_48 = io_is_sg_done ? io_subfield_d1_slice_left : _T_480; // @[Reg.scala 20:19:@351.4]
  assign _GEN_49 = io_is_sg_done ? slice_entries_w : _T_483; // @[Reg.scala 20:19:@356.4]
  assign io_layer_st_d1 = _T_312; // @[NV_soDLA_CSC_DL_IP_cfg gate.scala 117:16:@89.4]
  assign io_dataout_w_init = {{9'd0}, _T_234}; // @[NV_soDLA_CSC_DL_IP_cfg gate.scala 80:19:@28.4]
  assign io_subfield_d1_is_winograd_d1 = _T_319; // @[NV_soDLA_CSC_DL_IP_cfg gate.scala 118:31:@95.4]
  assign io_subfield_d1_is_img_d1 = _T_326; // @[NV_soDLA_CSC_DL_IP_cfg gate.scala 119:26:@102.4]
  assign io_subfield_d1_data_bank = _T_329; // @[NV_soDLA_CSC_DL_IP_cfg gate.scala 120:26:@107.4]
  assign io_subfield_d1_datain_width = _T_332; // @[NV_soDLA_CSC_DL_IP_cfg gate.scala 121:29:@112.4]
  assign io_subfield_d1_datain_width_cmp = _T_335; // @[NV_soDLA_CSC_DL_IP_cfg gate.scala 122:33:@117.4]
  assign io_subfield_d1_datain_height_cmp = _T_338; // @[NV_soDLA_CSC_DL_IP_cfg gate.scala 123:34:@122.4]
  assign io_subfield_d1_datain_channel_cmp = _T_341; // @[NV_soDLA_CSC_DL_IP_cfg gate.scala 124:35:@127.4]
  assign io_subfield_d1_sub_h_total_g0 = _T_344; // @[NV_soDLA_CSC_DL_IP_cfg gate.scala 125:31:@132.4]
  assign io_subfield_d1_sub_h_total_g1 = _T_347; // @[NV_soDLA_CSC_DL_IP_cfg gate.scala 126:31:@137.4]
  assign io_subfield_d1_sub_h_total_g2 = _T_351; // @[NV_soDLA_CSC_DL_IP_cfg gate.scala 127:31:@143.4]
  assign io_subfield_d1_sub_h_total_g3 = _T_354; // @[NV_soDLA_CSC_DL_IP_cfg gate.scala 128:31:@148.4]
  assign io_subfield_d1_sub_h_total_g4 = _T_357; // @[NV_soDLA_CSC_DL_IP_cfg gate.scala 129:31:@153.4]
  assign io_subfield_d1_sub_h_total_g5 = _T_360; // @[NV_soDLA_CSC_DL_IP_cfg gate.scala 130:31:@158.4]
  assign io_subfield_d1_sub_h_total_g6 = _T_363; // @[NV_soDLA_CSC_DL_IP_cfg gate.scala 131:31:@163.4]
  assign io_subfield_d1_sub_h_total_g7 = _T_366; // @[NV_soDLA_CSC_DL_IP_cfg gate.scala 132:31:@168.4]
  assign io_subfield_d1_sub_h_total_g8 = _T_369; // @[NV_soDLA_CSC_DL_IP_cfg gate.scala 133:31:@173.4]
  assign io_subfield_d1_sub_h_total_g9 = _T_372; // @[NV_soDLA_CSC_DL_IP_cfg gate.scala 134:31:@178.4]
  assign io_subfield_d1_sub_h_total_g10 = _T_375; // @[NV_soDLA_CSC_DL_IP_cfg gate.scala 135:32:@183.4]
  assign io_subfield_d1_sub_h_total_g11 = _T_378; // @[NV_soDLA_CSC_DL_IP_cfg gate.scala 136:32:@188.4]
  assign io_subfield_d1_sub_h_cmp_g0 = _T_381; // @[NV_soDLA_CSC_DL_IP_cfg gate.scala 137:29:@193.4]
  assign io_subfield_d1_sub_h_cmp_g1 = _T_384; // @[NV_soDLA_CSC_DL_IP_cfg gate.scala 138:29:@198.4]
  assign io_subfield_d1_conv_x_stride = _T_387; // @[NV_soDLA_CSC_DL_IP_cfg gate.scala 139:30:@203.4]
  assign io_subfield_d1_conv_y_stride = _T_390; // @[NV_soDLA_CSC_DL_IP_cfg gate.scala 140:30:@208.4]
  assign io_subfield_d1_pixel_x_stride_odd = _T_394; // @[NV_soDLA_CSC_DL_IP_cfg gate.scala 141:35:@214.4]
  assign io_subfield_d1_data_batch = _T_397; // @[NV_soDLA_CSC_DL_IP_cfg gate.scala 142:27:@219.4]
  assign io_subfield_d1_batch_cmp = _T_400; // @[NV_soDLA_CSC_DL_IP_cfg gate.scala 143:26:@224.4]
  assign io_subfield_d1_pixel_x_init = _T_403; // @[NV_soDLA_CSC_DL_IP_cfg gate.scala 144:29:@229.4]
  assign io_subfield_d1_pixel_x_init_offset = _T_406; // @[NV_soDLA_CSC_DL_IP_cfg gate.scala 145:36:@234.4]
  assign io_subfield_d1_pixel_x_add = _T_410; // @[NV_soDLA_CSC_DL_IP_cfg gate.scala 146:28:@240.4]
  assign io_subfield_d1_pixel_x_byte_stride = _T_413; // @[NV_soDLA_CSC_DL_IP_cfg gate.scala 147:36:@245.4]
  assign io_subfield_d1_pixel_ch_stride = _T_416; // @[NV_soDLA_CSC_DL_IP_cfg gate.scala 148:32:@250.4]
  assign io_subfield_d1_x_dilate = _T_419; // @[NV_soDLA_CSC_DL_IP_cfg gate.scala 149:25:@255.4]
  assign io_subfield_d1_y_dilate = _T_422; // @[NV_soDLA_CSC_DL_IP_cfg gate.scala 150:25:@260.4]
  assign io_subfield_d1_pad_value = _T_425; // @[NV_soDLA_CSC_DL_IP_cfg gate.scala 151:26:@265.4]
  assign io_subfield_d1_entries = _T_428; // @[NV_soDLA_CSC_DL_IP_cfg gate.scala 152:24:@270.4]
  assign io_subfield_d1_entries_batch = _T_431; // @[NV_soDLA_CSC_DL_IP_cfg gate.scala 153:30:@275.4]
  assign io_subfield_d1_entries_cmp = _T_434; // @[NV_soDLA_CSC_DL_IP_cfg gate.scala 154:28:@280.4]
  assign io_subfield_d1_h_offset_slice = _T_437; // @[NV_soDLA_CSC_DL_IP_cfg gate.scala 155:31:@285.4]
  assign io_subfield_d1_rls_slices = _T_440; // @[NV_soDLA_CSC_DL_IP_cfg gate.scala 156:27:@290.4]
  assign io_subfield_d1_slice_left = _T_444; // @[NV_soDLA_CSC_DL_IP_cfg gate.scala 157:27:@296.4]
  assign io_subfield_d1_dataout_width_cmp = _T_447; // @[NV_soDLA_CSC_DL_IP_cfg gate.scala 158:34:@301.4]
  assign io_subfield_d1_pra_truncate = _T_452; // @[NV_soDLA_CSC_DL_IP_cfg gate.scala 159:29:@308.4]
  assign io_subfield_d1_pra_precision = _T_457; // @[NV_soDLA_CSC_DL_IP_cfg gate.scala 160:30:@315.4]
  assign io_subfield_d2_h_bias_0_stride = _T_463; // @[NV_soDLA_CSC_DL_IP_cfg gate.scala 168:32:@327.4]
  assign io_subfield_d2_h_bias_1_stride = _T_466; // @[NV_soDLA_CSC_DL_IP_cfg gate.scala 169:32:@332.4]
  assign io_subfield_d2_h_bias_2_stride = _T_470; // @[NV_soDLA_CSC_DL_IP_cfg gate.scala 170:31:@338.4]
  assign io_subfield_d2_h_bias_3_stride = _T_474; // @[NV_soDLA_CSC_DL_IP_cfg gate.scala 171:32:@344.4]
  assign io_subfield_d2_rls_entries = _T_477; // @[NV_soDLA_CSC_DL_IP_cfg gate.scala 172:28:@349.4]
  assign io_subfield_sg_done_last_slices = _T_480; // @[NV_soDLA_CSC_DL_IP_cfg gate.scala 175:33:@354.4]
  assign io_subfield_sg_done_last_entries = _T_483; // @[NV_soDLA_CSC_DL_IP_cfg gate.scala 176:34:@359.4]
`ifdef RANDOMIZE_GARBAGE_ASSIGN
`define RANDOMIZE
`endif
`ifdef RANDOMIZE_INVALID_ASSIGN
`define RANDOMIZE
`endif
`ifdef RANDOMIZE_REG_INIT
`define RANDOMIZE
`endif
`ifdef RANDOMIZE_MEM_INIT
`define RANDOMIZE
`endif
`ifndef RANDOM
`define RANDOM $random
`endif
`ifdef RANDOMIZE
  integer initvar;
  initial begin
    `ifdef INIT_RANDOM
      `INIT_RANDOM
    `endif
    `ifndef VERILATOR
      #0.002 begin end
    `endif
  `ifdef RANDOMIZE_REG_INIT
  _RAND_0 = {1{`RANDOM}};
  _T_312 = _RAND_0[0:0];
  `endif // RANDOMIZE_REG_INIT
  `ifdef RANDOMIZE_REG_INIT
  _RAND_1 = {1{`RANDOM}};
  _T_319 = _RAND_1[21:0];
  `endif // RANDOMIZE_REG_INIT
  `ifdef RANDOMIZE_REG_INIT
  _RAND_2 = {2{`RANDOM}};
  _T_326 = _RAND_2[33:0];
  `endif // RANDOMIZE_REG_INIT
  `ifdef RANDOMIZE_REG_INIT
  _RAND_3 = {1{`RANDOM}};
  _T_329 = _RAND_3[4:0];
  `endif // RANDOMIZE_REG_INIT
  `ifdef RANDOMIZE_REG_INIT
  _RAND_4 = {1{`RANDOM}};
  _T_332 = _RAND_4[13:0];
  `endif // RANDOMIZE_REG_INIT
  `ifdef RANDOMIZE_REG_INIT
  _RAND_5 = {1{`RANDOM}};
  _T_335 = _RAND_5[12:0];
  `endif // RANDOMIZE_REG_INIT
  `ifdef RANDOMIZE_REG_INIT
  _RAND_6 = {1{`RANDOM}};
  _T_338 = _RAND_6[12:0];
  `endif // RANDOMIZE_REG_INIT
  `ifdef RANDOMIZE_REG_INIT
  _RAND_7 = {1{`RANDOM}};
  _T_341 = _RAND_7[10:0];
  `endif // RANDOMIZE_REG_INIT
  `ifdef RANDOMIZE_REG_INIT
  _RAND_8 = {1{`RANDOM}};
  _T_344 = _RAND_8[2:0];
  `endif // RANDOMIZE_REG_INIT
  `ifdef RANDOMIZE_REG_INIT
  _RAND_9 = {1{`RANDOM}};
  _T_347 = _RAND_9[2:0];
  `endif // RANDOMIZE_REG_INIT
  `ifdef RANDOMIZE_REG_INIT
  _RAND_10 = {1{`RANDOM}};
  _T_351 = _RAND_10[1:0];
  `endif // RANDOMIZE_REG_INIT
  `ifdef RANDOMIZE_REG_INIT
  _RAND_11 = {1{`RANDOM}};
  _T_354 = _RAND_11[2:0];
  `endif // RANDOMIZE_REG_INIT
  `ifdef RANDOMIZE_REG_INIT
  _RAND_12 = {1{`RANDOM}};
  _T_357 = _RAND_12[2:0];
  `endif // RANDOMIZE_REG_INIT
  `ifdef RANDOMIZE_REG_INIT
  _RAND_13 = {1{`RANDOM}};
  _T_360 = _RAND_13[2:0];
  `endif // RANDOMIZE_REG_INIT
  `ifdef RANDOMIZE_REG_INIT
  _RAND_14 = {1{`RANDOM}};
  _T_363 = _RAND_14[2:0];
  `endif // RANDOMIZE_REG_INIT
  `ifdef RANDOMIZE_REG_INIT
  _RAND_15 = {1{`RANDOM}};
  _T_366 = _RAND_15[2:0];
  `endif // RANDOMIZE_REG_INIT
  `ifdef RANDOMIZE_REG_INIT
  _RAND_16 = {1{`RANDOM}};
  _T_369 = _RAND_16[2:0];
  `endif // RANDOMIZE_REG_INIT
  `ifdef RANDOMIZE_REG_INIT
  _RAND_17 = {1{`RANDOM}};
  _T_372 = _RAND_17[2:0];
  `endif // RANDOMIZE_REG_INIT
  `ifdef RANDOMIZE_REG_INIT
  _RAND_18 = {1{`RANDOM}};
  _T_375 = _RAND_18[2:0];
  `endif // RANDOMIZE_REG_INIT
  `ifdef RANDOMIZE_REG_INIT
  _RAND_19 = {1{`RANDOM}};
  _T_378 = _RAND_19[2:0];
  `endif // RANDOMIZE_REG_INIT
  `ifdef RANDOMIZE_REG_INIT
  _RAND_20 = {1{`RANDOM}};
  _T_381 = _RAND_20[2:0];
  `endif // RANDOMIZE_REG_INIT
  `ifdef RANDOMIZE_REG_INIT
  _RAND_21 = {1{`RANDOM}};
  _T_384 = _RAND_21[2:0];
  `endif // RANDOMIZE_REG_INIT
  `ifdef RANDOMIZE_REG_INIT
  _RAND_22 = {1{`RANDOM}};
  _T_387 = _RAND_22[3:0];
  `endif // RANDOMIZE_REG_INIT
  `ifdef RANDOMIZE_REG_INIT
  _RAND_23 = {1{`RANDOM}};
  _T_390 = _RAND_23[3:0];
  `endif // RANDOMIZE_REG_INIT
  `ifdef RANDOMIZE_REG_INIT
  _RAND_24 = {1{`RANDOM}};
  _T_394 = _RAND_24[0:0];
  `endif // RANDOMIZE_REG_INIT
  `ifdef RANDOMIZE_REG_INIT
  _RAND_25 = {1{`RANDOM}};
  _T_397 = _RAND_25[5:0];
  `endif // RANDOMIZE_REG_INIT
  `ifdef RANDOMIZE_REG_INIT
  _RAND_26 = {1{`RANDOM}};
  _T_400 = _RAND_26[4:0];
  `endif // RANDOMIZE_REG_INIT
  `ifdef RANDOMIZE_REG_INIT
  _RAND_27 = {1{`RANDOM}};
  _T_403 = _RAND_27[5:0];
  `endif // RANDOMIZE_REG_INIT
  `ifdef RANDOMIZE_REG_INIT
  _RAND_28 = {1{`RANDOM}};
  _T_406 = _RAND_28[6:0];
  `endif // RANDOMIZE_REG_INIT
  `ifdef RANDOMIZE_REG_INIT
  _RAND_29 = {1{`RANDOM}};
  _T_410 = _RAND_29[6:0];
  `endif // RANDOMIZE_REG_INIT
  `ifdef RANDOMIZE_REG_INIT
  _RAND_30 = {1{`RANDOM}};
  _T_413 = _RAND_30[6:0];
  `endif // RANDOMIZE_REG_INIT
  `ifdef RANDOMIZE_REG_INIT
  _RAND_31 = {1{`RANDOM}};
  _T_416 = _RAND_31[11:0];
  `endif // RANDOMIZE_REG_INIT
  `ifdef RANDOMIZE_REG_INIT
  _RAND_32 = {1{`RANDOM}};
  _T_419 = _RAND_32[5:0];
  `endif // RANDOMIZE_REG_INIT
  `ifdef RANDOMIZE_REG_INIT
  _RAND_33 = {1{`RANDOM}};
  _T_422 = _RAND_33[5:0];
  `endif // RANDOMIZE_REG_INIT
  `ifdef RANDOMIZE_REG_INIT
  _RAND_34 = {1{`RANDOM}};
  _T_425 = _RAND_34[15:0];
  `endif // RANDOMIZE_REG_INIT
  `ifdef RANDOMIZE_REG_INIT
  _RAND_35 = {1{`RANDOM}};
  _T_428 = _RAND_35[14:0];
  `endif // RANDOMIZE_REG_INIT
  `ifdef RANDOMIZE_REG_INIT
  _RAND_36 = {1{`RANDOM}};
  _T_431 = _RAND_36[14:0];
  `endif // RANDOMIZE_REG_INIT
  `ifdef RANDOMIZE_REG_INIT
  _RAND_37 = {1{`RANDOM}};
  _T_434 = _RAND_37[14:0];
  `endif // RANDOMIZE_REG_INIT
  `ifdef RANDOMIZE_REG_INIT
  _RAND_38 = {1{`RANDOM}};
  _T_437 = _RAND_38[13:0];
  `endif // RANDOMIZE_REG_INIT
  `ifdef RANDOMIZE_REG_INIT
  _RAND_39 = {1{`RANDOM}};
  _T_440 = _RAND_39[13:0];
  `endif // RANDOMIZE_REG_INIT
  `ifdef RANDOMIZE_REG_INIT
  _RAND_40 = {1{`RANDOM}};
  _T_444 = _RAND_40[13:0];
  `endif // RANDOMIZE_REG_INIT
  `ifdef RANDOMIZE_REG_INIT
  _RAND_41 = {1{`RANDOM}};
  _T_447 = _RAND_41[12:0];
  `endif // RANDOMIZE_REG_INIT
  `ifdef RANDOMIZE_REG_INIT
  _RAND_42 = {1{`RANDOM}};
  _T_452 = _RAND_42[7:0];
  `endif // RANDOMIZE_REG_INIT
  `ifdef RANDOMIZE_REG_INIT
  _RAND_43 = {1{`RANDOM}};
  _T_457 = _RAND_43[7:0];
  `endif // RANDOMIZE_REG_INIT
  `ifdef RANDOMIZE_REG_INIT
  _RAND_44 = {1{`RANDOM}};
  _T_463 = _RAND_44[11:0];
  `endif // RANDOMIZE_REG_INIT
  `ifdef RANDOMIZE_REG_INIT
  _RAND_45 = {1{`RANDOM}};
  _T_466 = _RAND_45[11:0];
  `endif // RANDOMIZE_REG_INIT
  `ifdef RANDOMIZE_REG_INIT
  _RAND_46 = {1{`RANDOM}};
  _T_470 = _RAND_46[12:0];
  `endif // RANDOMIZE_REG_INIT
  `ifdef RANDOMIZE_REG_INIT
  _RAND_47 = {1{`RANDOM}};
  _T_474 = _RAND_47[12:0];
  `endif // RANDOMIZE_REG_INIT
  `ifdef RANDOMIZE_REG_INIT
  _RAND_48 = {1{`RANDOM}};
  _T_477 = _RAND_48[14:0];
  `endif // RANDOMIZE_REG_INIT
  `ifdef RANDOMIZE_REG_INIT
  _RAND_49 = {1{`RANDOM}};
  _T_480 = _RAND_49[13:0];
  `endif // RANDOMIZE_REG_INIT
  `ifdef RANDOMIZE_REG_INIT
  _RAND_50 = {1{`RANDOM}};
  _T_483 = _RAND_50[14:0];
  `endif // RANDOMIZE_REG_INIT
  end
`endif // RANDOMIZE
  always @(posedge io_nvdla_core_clk) begin
    if (_T_214) begin
      _T_312 <= 1'h0;
    end else begin
      _T_312 <= layer_st;
    end
    if (_T_214) begin
      _T_319 <= 22'h0;
    end else begin
      if (layer_st) begin
        _T_319 <= 22'h0;
      end
    end
    if (_T_214) begin
      _T_326 <= 34'h0;
    end else begin
      if (layer_st) begin
        if (is_img) begin
          _T_326 <= 34'h3ffffffff;
        end else begin
          _T_326 <= 34'h0;
        end
      end
    end
    if (_T_214) begin
      _T_329 <= 5'h0;
    end else begin
      _T_329 <= _GEN_2[4:0];
    end
    if (_T_214) begin
      _T_332 <= 14'h0;
    end else begin
      if (layer_st) begin
        _T_332 <= datain_width_w;
      end
    end
    if (_T_214) begin
      _T_335 <= 13'h0;
    end else begin
      if (layer_st) begin
        _T_335 <= io_reg2dp_datain_width_ext;
      end
    end
    if (_T_214) begin
      _T_338 <= 13'h0;
    end else begin
      if (layer_st) begin
        _T_338 <= io_reg2dp_datain_height_ext;
      end
    end
    if (_T_214) begin
      _T_341 <= 11'h0;
    end else begin
      if (layer_st) begin
        _T_341 <= datain_channel_cmp_w;
      end
    end
    if (_T_214) begin
      _T_344 <= 3'h1;
    end else begin
      if (layer_st) begin
        _T_344 <= sub_h_total_w;
      end
    end
    if (_T_214) begin
      _T_347 <= 3'h1;
    end else begin
      if (layer_st) begin
        _T_347 <= sub_h_total_w;
      end
    end
    if (_T_214) begin
      _T_351 <= 2'h1;
    end else begin
      if (layer_st) begin
        _T_351 <= _T_348;
      end
    end
    if (_T_214) begin
      _T_354 <= 3'h1;
    end else begin
      if (layer_st) begin
        _T_354 <= sub_h_total_w;
      end
    end
    if (_T_214) begin
      _T_357 <= 3'h1;
    end else begin
      if (layer_st) begin
        _T_357 <= sub_h_total_w;
      end
    end
    if (_T_214) begin
      _T_360 <= 3'h1;
    end else begin
      if (layer_st) begin
        _T_360 <= sub_h_total_w;
      end
    end
    if (_T_214) begin
      _T_363 <= 3'h1;
    end else begin
      if (layer_st) begin
        _T_363 <= sub_h_total_w;
      end
    end
    if (_T_214) begin
      _T_366 <= 3'h1;
    end else begin
      if (layer_st) begin
        _T_366 <= sub_h_total_w;
      end
    end
    if (_T_214) begin
      _T_369 <= 3'h1;
    end else begin
      if (layer_st) begin
        _T_369 <= sub_h_total_w;
      end
    end
    if (_T_214) begin
      _T_372 <= 3'h1;
    end else begin
      if (layer_st) begin
        _T_372 <= sub_h_total_w;
      end
    end
    if (_T_214) begin
      _T_375 <= 3'h1;
    end else begin
      if (layer_st) begin
        _T_375 <= sub_h_total_w;
      end
    end
    if (_T_214) begin
      _T_378 <= 3'h1;
    end else begin
      if (layer_st) begin
        _T_378 <= sub_h_total_w;
      end
    end
    if (_T_214) begin
      _T_381 <= 3'h1;
    end else begin
      if (layer_st) begin
        if (is_img) begin
          _T_381 <= sub_h_total_w;
        end else begin
          _T_381 <= 3'h1;
        end
      end
    end
    if (_T_214) begin
      _T_384 <= 3'h1;
    end else begin
      if (layer_st) begin
        if (is_img) begin
          _T_384 <= sub_h_total_w;
        end else begin
          _T_384 <= 3'h1;
        end
      end
    end
    if (_T_214) begin
      _T_387 <= 4'h0;
    end else begin
      if (layer_st) begin
        _T_387 <= conv_x_stride_w;
      end
    end
    if (_T_214) begin
      _T_390 <= 4'h0;
    end else begin
      if (layer_st) begin
        _T_390 <= conv_y_stride_w;
      end
    end
    if (_T_214) begin
      _T_394 <= 1'h0;
    end else begin
      if (layer_st) begin
        _T_394 <= _T_391;
      end
    end
    if (_T_214) begin
      _T_397 <= 6'h0;
    end else begin
      if (layer_st) begin
        _T_397 <= 6'h1;
      end
    end
    if (_T_214) begin
      _T_400 <= 5'h0;
    end else begin
      if (layer_st) begin
        _T_400 <= 5'h0;
      end
    end
    if (_T_214) begin
      _T_403 <= 6'h0;
    end else begin
      _T_403 <= _GEN_26[5:0];
    end
    if (_T_214) begin
      _T_406 <= 7'h0;
    end else begin
      if (layer_st) begin
        _T_406 <= pixel_x_init_offset_w;
      end
    end
    if (_T_214) begin
      _T_410 <= 7'h0;
    end else begin
      if (layer_st) begin
        _T_410 <= _T_407;
      end
    end
    if (_T_214) begin
      _T_413 <= 7'h0;
    end else begin
      if (layer_st) begin
        _T_413 <= {{1'd0}, pixel_x_stride_w};
      end
    end
    if (_T_214) begin
      _T_416 <= 12'h0;
    end else begin
      if (layer_st) begin
        _T_416 <= pixel_ch_stride_w;
      end
    end
    if (_T_214) begin
      _T_419 <= 6'h0;
    end else begin
      if (layer_st) begin
        if (is_img) begin
          _T_419 <= 6'h1;
        end else begin
          _T_419 <= _T_288;
        end
      end
    end
    if (_T_214) begin
      _T_422 <= 6'h0;
    end else begin
      if (layer_st) begin
        if (is_img) begin
          _T_422 <= 6'h1;
        end else begin
          _T_422 <= _T_292;
        end
      end
    end
    if (_T_214) begin
      _T_425 <= 16'h0;
    end else begin
      if (layer_st) begin
        _T_425 <= io_reg2dp_pad_value;
      end
    end
    if (_T_214) begin
      _T_428 <= 15'h0;
    end else begin
      _T_428 <= _GEN_34[14:0];
    end
    if (_T_214) begin
      _T_431 <= 15'h0;
    end else begin
      if (layer_st) begin
        _T_431 <= entries_batch_w;
      end
    end
    if (_T_214) begin
      _T_434 <= 15'h0;
    end else begin
      if (layer_st) begin
        _T_434 <= {{1'd0}, io_reg2dp_entries};
      end
    end
    if (_T_214) begin
      _T_437 <= 14'h0;
    end else begin
      if (layer_st) begin
        _T_437 <= {{2'd0}, h_offset_slice_w};
      end
    end
    if (_T_214) begin
      _T_440 <= 14'h0;
    end else begin
      if (layer_st) begin
        _T_440 <= {{2'd0}, rls_slices_w};
      end
    end
    if (_T_214) begin
      _T_444 <= 14'h0;
    end else begin
      if (layer_st) begin
        if (io_reg2dp_skip_data_rls) begin
          _T_444 <= _T_304;
        end else begin
          _T_444 <= _T_306;
        end
      end
    end
    if (_T_214) begin
      _T_447 <= 13'h0;
    end else begin
      if (layer_st) begin
        _T_447 <= io_reg2dp_dataout_width;
      end
    end
    if (_T_214) begin
      _T_452 <= 8'h0;
    end else begin
      if (layer_st) begin
        _T_452 <= _T_449;
      end
    end
    if (_T_214) begin
      _T_457 <= 8'h0;
    end else begin
      if (layer_st) begin
        _T_457 <= _T_454;
      end
    end
    if (_T_214) begin
      _T_463 <= 12'h0;
    end else begin
      _T_463 <= _GEN_43[11:0];
    end
    if (_T_214) begin
      _T_466 <= 12'h0;
    end else begin
      _T_466 <= _GEN_44[11:0];
    end
    if (_T_214) begin
      _T_470 <= 13'h0;
    end else begin
      if (io_layer_st_d1) begin
        _T_470 <= _T_467;
      end
    end
    if (_T_214) begin
      _T_474 <= 13'h0;
    end else begin
      if (io_layer_st_d1) begin
        _T_474 <= _T_467;
      end
    end
    if (_T_214) begin
      _T_477 <= 15'h0;
    end else begin
      if (io_layer_st_d1) begin
        _T_477 <= slice_entries_w;
      end
    end
    if (_T_214) begin
      _T_480 <= 14'h0;
    end else begin
      if (io_is_sg_done) begin
        _T_480 <= io_subfield_d1_slice_left;
      end
    end
    if (_T_214) begin
      _T_483 <= 15'h0;
    end else begin
      if (io_is_sg_done) begin
        _T_483 <= slice_entries_w;
      end
    end
  end
endmodule